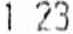
1.23